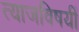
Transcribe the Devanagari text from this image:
त्याजविषयीं